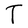
Character: T